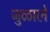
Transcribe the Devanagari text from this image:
जुळाले